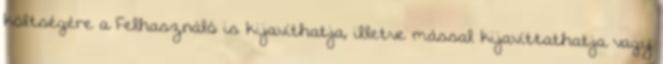
költségére a Felhasználó is kijavíthatja, illetve mással kijavíttathatja vagy